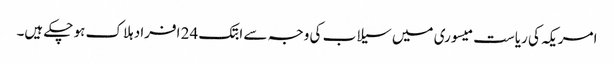
امریکہ کی ریاست میسوری میں سیلاب کی وجہ سے ابتک 24 افراد ہلاک ہو چکے ہیں۔